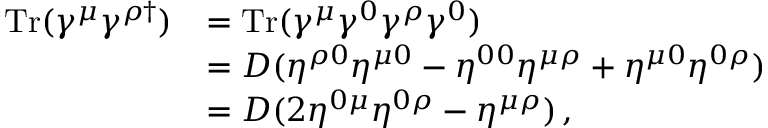
\begin{array} { r l } { \mathrm { T r } ( \gamma ^ { \mu } \gamma ^ { \rho \dagger } ) } & { = \mathrm { T r } ( \gamma ^ { \mu } \gamma ^ { 0 } \gamma ^ { \rho } \gamma ^ { 0 } ) } \\ & { = D ( \eta ^ { \rho 0 } \eta ^ { \mu 0 } - \eta ^ { 0 0 } \eta ^ { \mu \rho } + \eta ^ { \mu 0 } \eta ^ { 0 \rho } ) } \\ & { = D ( 2 \eta ^ { 0 \mu } \eta ^ { 0 \rho } - \eta ^ { \mu \rho } ) \, , } \end{array}